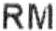
RM